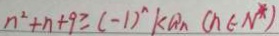
n ^ { 2 } + n + 9 \geq ( - 1 ) ^ { n } k a _ { n } ( n \in N ^ { \ast } )